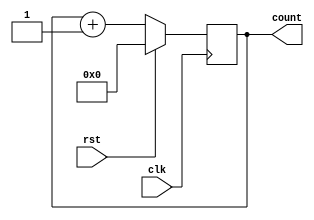
module seq_counter(input clk,rst,output reg[3:0]count);
always@(posedge clk)
begin
 if(rst) count<=0;
 else count=count+1;
end 
endmodule

module tb;
reg clk,rst;
wire[3:0]count;
always #1 clk=~clk;
seq_counter s1(clk,rst,count);
initial begin
$monitor($time,"   count=%b ",count);
#0 clk=1;rst=1;
#1 rst=0;

end
initial begin
#34 $finish;
end
endmodule